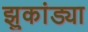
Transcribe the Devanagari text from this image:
झुकांड्या